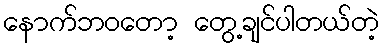
နောက်ဘဝတော့ တွေ့ချင်ပါတယ်တဲ့